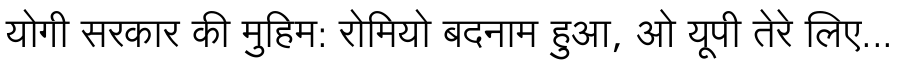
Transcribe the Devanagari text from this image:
योगी सरकार की मुहिम: रोमियो बदनाम हुआ, ओ यूपी तेरे लिए...